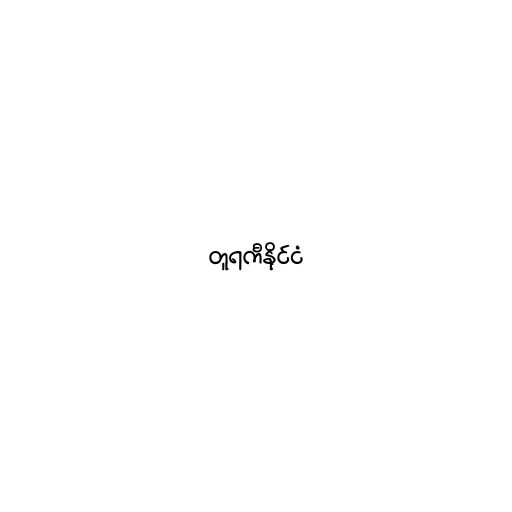
တူရကီနိုင်ငံ